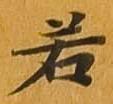
若